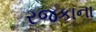
રજકાના